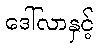
ဒေါ်လာနှင့်